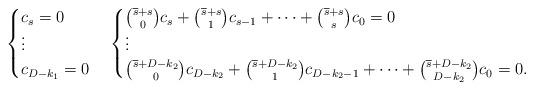
LaTeX: \begin{align*}\begin{cases}c_{s}=0\\\vdots\\c_{D-k_1}=0\\\end{cases}\begin{cases}\binom{\overline{s} +s}{0}c_{s}+\binom{\overline{s} +s}{1}c_{s-1}+\cdots+\binom{\overline{s} +s}{s}c_{0}=0\\\vdots\\\binom{\overline{s} +D-k_2}{0}c_{D-k_2}+\binom{\overline{s} +D-k_2}{1}c_{D-k_2-1}+\cdots+\binom{\overline{s} +D-k_2}{D-k_2}c_{0}=0.\end{cases}\end{align*}